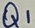
Text: Q1